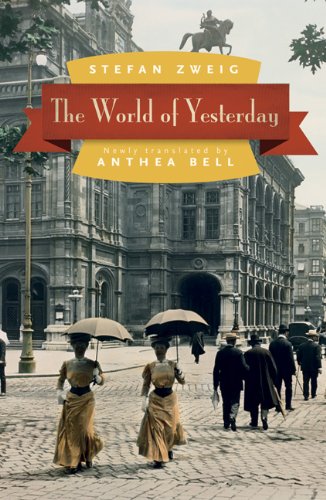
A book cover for The World of Yesterday; Stefan Zweig; Biographies & Memoirs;